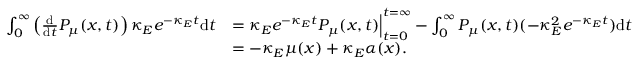
\begin{array} { r l } { \int _ { 0 } ^ { \infty } \left( \frac { \mathrm d } { \mathrm d t } P _ { \mu } ( x , t ) \right) \kappa _ { E } e ^ { - \kappa _ { E } t } \mathrm d t } & { = \kappa _ { E } e ^ { - \kappa _ { E } t } P _ { \mu } ( x , t ) \Big | _ { t = 0 } ^ { t = \infty } - \int _ { 0 } ^ { \infty } P _ { \mu } ( x , t ) ( - \kappa _ { E } ^ { 2 } e ^ { - \kappa _ { E } t } ) \mathrm d t } \\ & { = - \kappa _ { E } \mu ( x ) + \kappa _ { E } \alpha ( x ) . } \end{array}